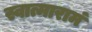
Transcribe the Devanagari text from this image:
स्वात्मारामं